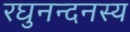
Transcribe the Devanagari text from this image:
रघुनन्दनस्य